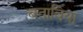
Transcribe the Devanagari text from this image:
बताविया